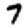
Digit: 7